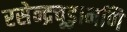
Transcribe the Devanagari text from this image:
रसेन्द्रचूड़ामणि